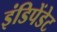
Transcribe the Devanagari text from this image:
इंडिपेंडेट